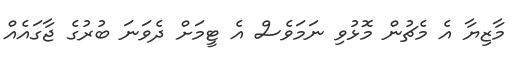
މާޒިޔާ އެ މެޗުން މޮޅުވި ނަމަވެސް އެ ޓީމަށް ދެވަނަ ބުރުގެ ޖާގައެއް